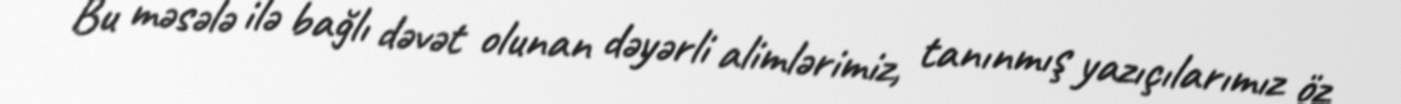
Bu məsələ ilə bağlı dəvət olunan dəyərli alimlərimiz, tanınmış yazıçılarımız öz